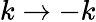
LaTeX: k\rightarrow-k